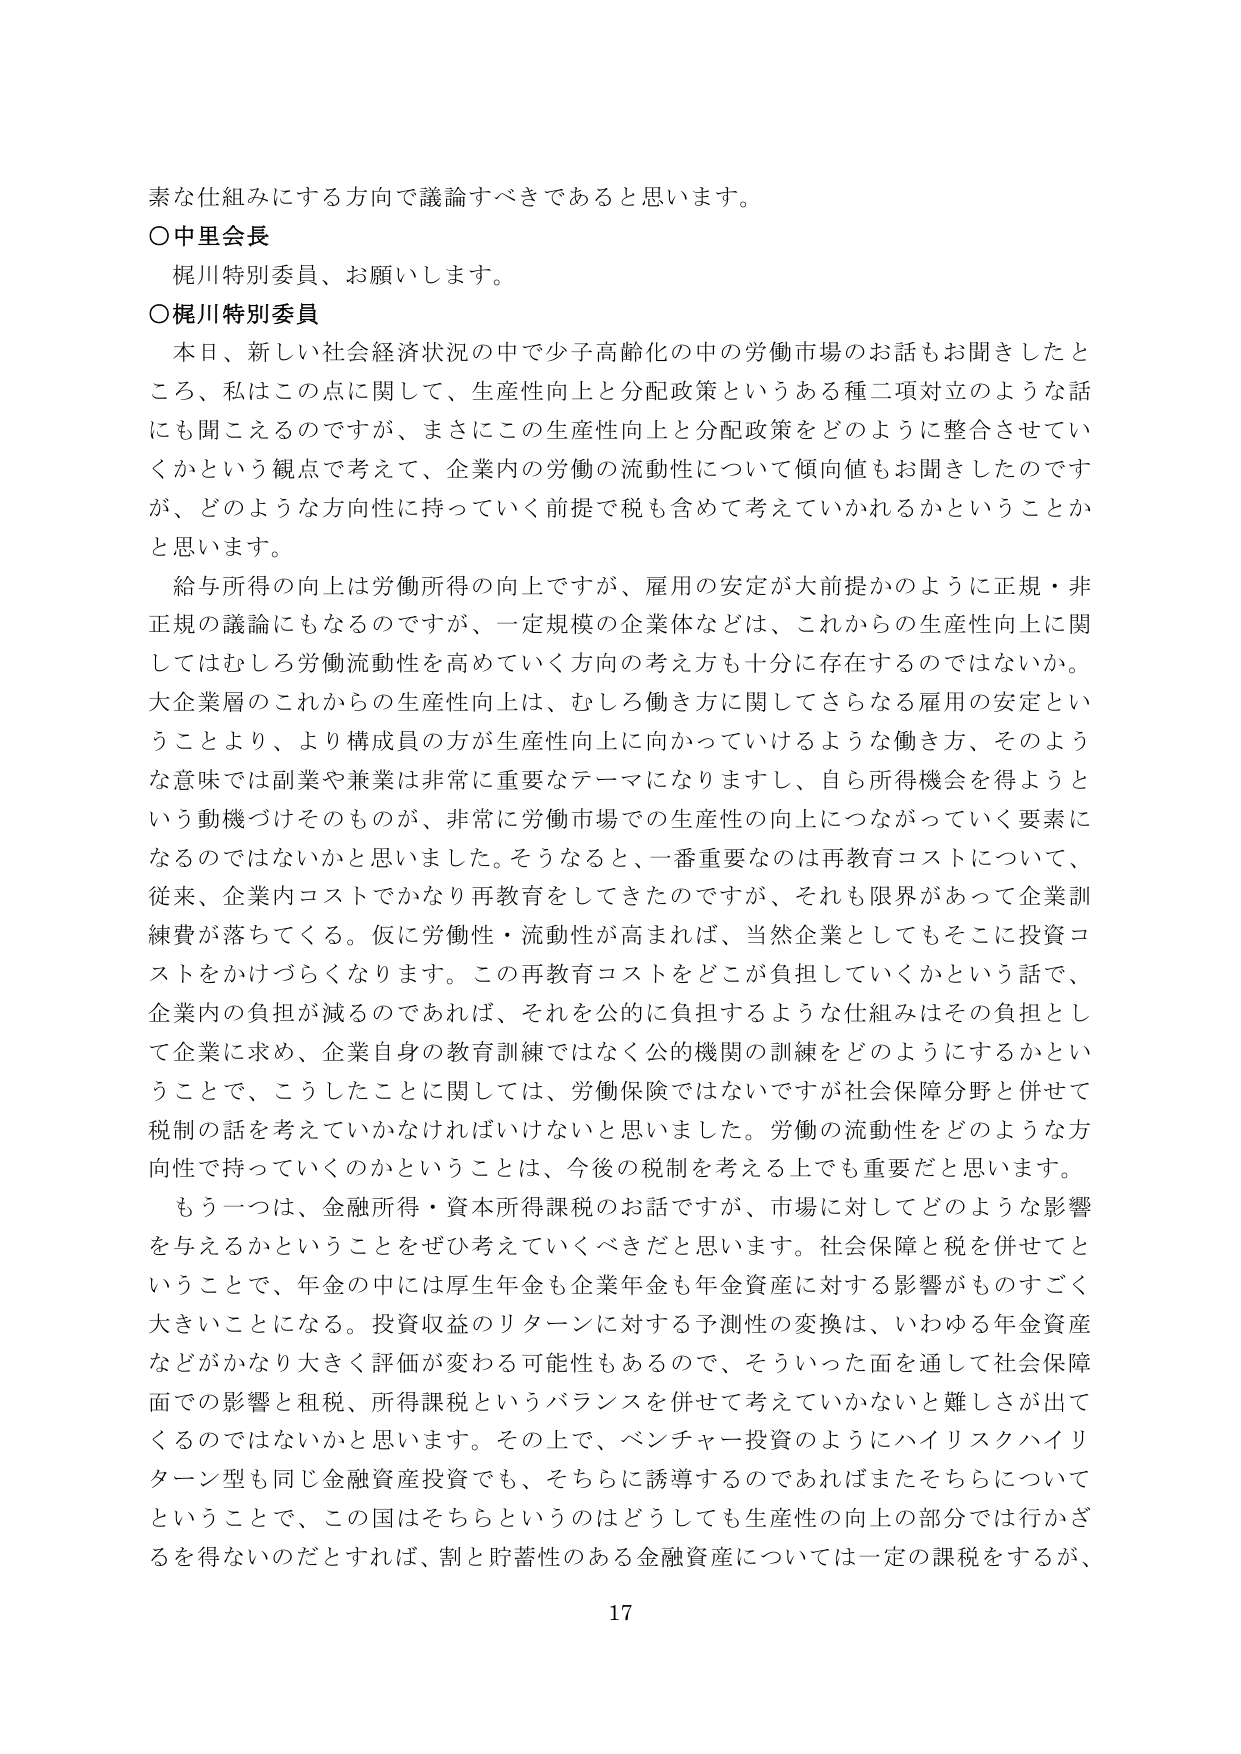
素な仕組みにする方向で議論すべきであると思います。

○中里会長
梶川特別委員、お願いします。

○梶川特別委員
本日、新しい社会経済状況の中で少子高齢化の中の労働市場のお話もお聞きしたところ、私はこの点に関して、生産性向上と分配政策というある種二項対立のような話にも聞こえるのですが、まさにこの生産性向上と分配政策をどのように整合させていくかという観点で考えて、企業内の労働の流動性について傾向値もお聞きしたのですが、どのような方向性に持っていく前提で税も含めて考えていかれるかということかと思います。

給与所得の向上は労働所得の向上ですが、雇用の安定が大前提かのように正規・非正規の議論にもなるのですが、一定規模の企業体などは、これからの生産性向上に関してはむしろ労働流動性を高めていく方向の考え方も十分に存在するのではないでしょうか。大企業層のこれからの生産性向上は、むしろ働き方に関してさらなる雇用の安定ということより、より構成員の方が生産性向上に向かっていけるような働き方、そのような意味では副業や兼業は非常に重要なテーマになりますし、自ら所得機会を得ようという動機づけそのものが、非常に労働市場での生産性の向上につながっていく要素になるのではないかと思いました。そうなると、一番重要なのは再教育コストについて、従来、企業内コストでかなり再教育をしてきたのですが、それも限界があって企業訓練費が落ちてくる。仮に労働性・流動性が高まれば、当然企業としてもそこに投資コストをかけづらくなります。この再教育コストをどこが負担していくかという話で、企業内の負担が減るのであれば、それを公的に負担するような仕組みはその負担として企業に求め、企業自身の教育訓練ではなく公的機関の訓練をどのようにするかということで、こうしたことに関しては、労働保険ではないですが社会保障分野と併せて税制の話を考えていかなければならないと思いました。労働の流動性をどのような方向性で持っていくのかということは、今後の税制を考える上でも重要だと思います。

もう一つは、金融所得・資本所得課税のお話ですが、市場に対してどのような影響を与えるかということをぜひ考えていくべきだと思います。社会保障と税を併せてということで、年金の中には厚生年金も企業年金も年金資産に対する影響がものすごく大きいことになる。投資収益のリターンに対する予測性の変換は、いわゆる年金資産などがかなり大きく評価が変わる可能性もあるので、そういった面を通して社会保障面での影響と租税、所得課税というバランスを併せて考えていかないといけない難しさが出てくるのではないかと思います。その上で、ベンチャー投資のようにハイリスクハイリターン型も同じ金融資産投資でも、そちらに誘導するのであればまたそちらについてということで、この国はそちらというのはどうしても生産性の向上の部分では行かざるを得ないのだとすれば、割と貯蓄性のある金融資産については一定の課税をするが、

17